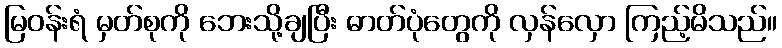
မြဝန်းရံ မှတ်စုကို ဘေးသို့ချပြီး ဓာတ်ပုံတွေကို လှန်လှော ကြည့်မိသည်။